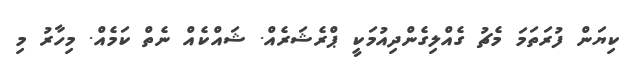
ކިޔަން ފުރަތަމަ މެޗު ގެއްލިގެންދިއުމަކީ ޕްރެޝަރެއް. ޝައްކެއް ނެތް ކަމެއް. މިހާރު މި